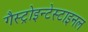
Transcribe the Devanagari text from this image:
गैस्ट्रोइन्टेस्टाइनल